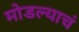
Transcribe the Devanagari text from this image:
मोडल्याचं